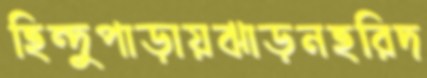
হিন্দুপাড়ায়ঝাড়নহরিদ